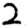
Digit: 2